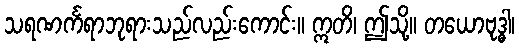
သရဏင်္ကရာဘုရားသည်လည်းကောင်း။ ဣတိ၊ ဤသို့။ တယောဗုဒ္ဓါ၊